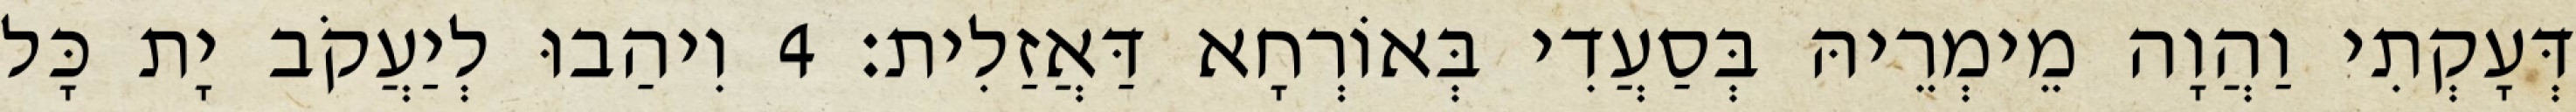
דְּעָקְתִי וַהֲוָה מֵימְרֵיהּ בְּסַעֲדִי בְּאוֹרְחָא דַּאֲזַלִית׃ 4 וִיהַבוּ לְיַעֲקֹב יָת כָּל